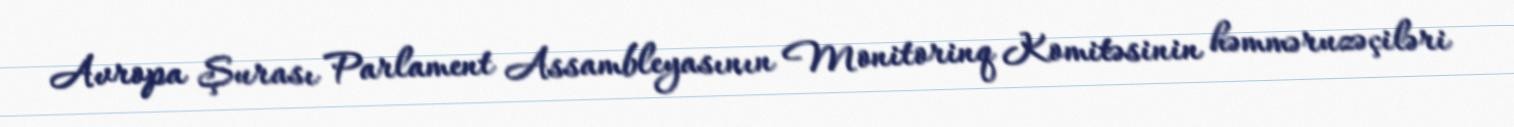
Avropa Şurası Parlament Assambleyasının Monitorinq Komitəsinin həmməruzəçiləri